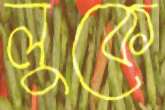
লুকে